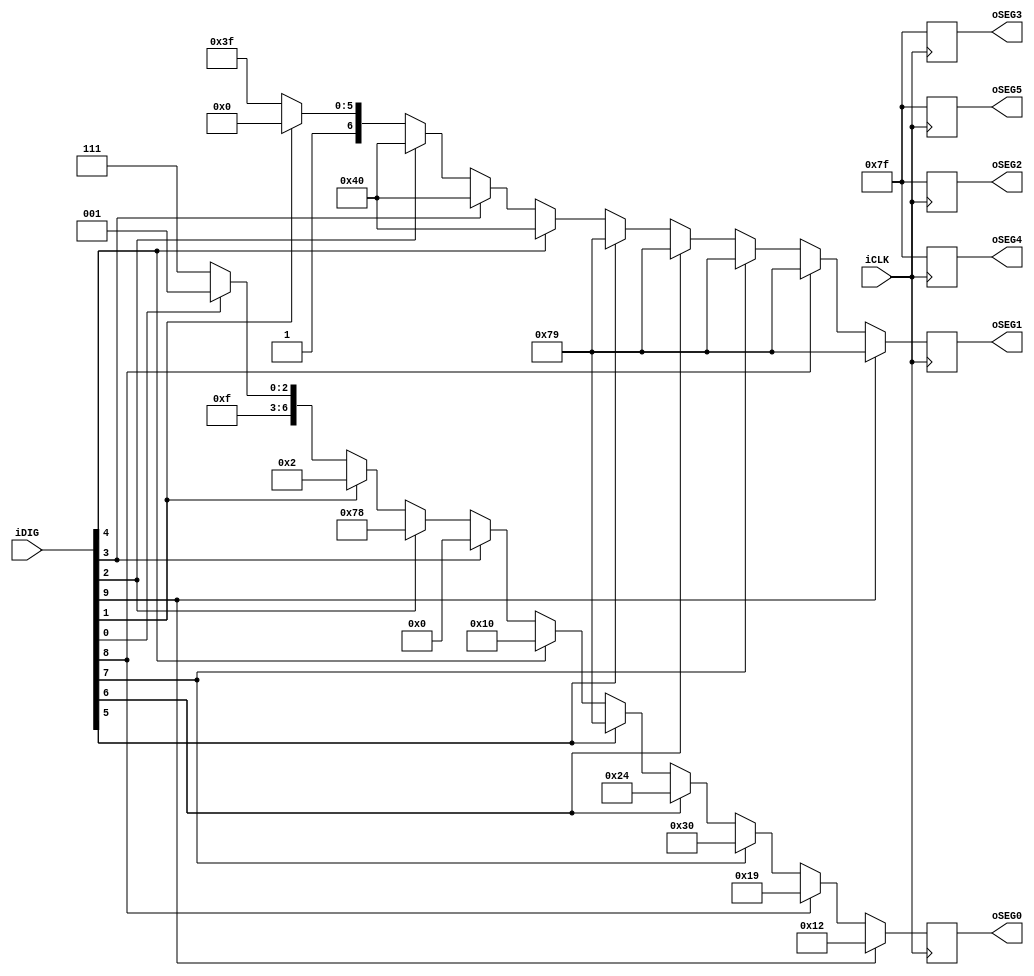
module SEG7_LUT	(	iCLK,oSEG0,oSEG1,oSEG2,oSEG3,oSEG4,oSEG5,iDIG	);
input iCLK;
input	[9:0]	iDIG;
output	[6:0]	oSEG0,oSEG1,oSEG2,oSEG3,oSEG4,oSEG5;
reg 	[6:0]	oSEG0,oSEG1,oSEG2,oSEG3,oSEG4,oSEG5;

always@(posedge iCLK)
begin
	// clear display
	oSEG0 = 7'b1111111;
	oSEG1 = 7'b1111111;
	oSEG2 = 7'b1111111;
	oSEG3 = 7'b1111111;
	oSEG4 = 7'b1111111;
	oSEG5 = 7'b1111111;
	// gamma = 1.0
	if (iDIG[0]) begin
		oSEG0 = 7'b1111001;
		oSEG1 = 7'b1111111;
		oSEG2 = 7'b1111111;
		oSEG3 = 7'b1111111;
		oSEG4 = 7'b1111111;
		oSEG5 = 7'b1111111;
	end
	// gamma = 0.6
	if (iDIG[1]) begin
		oSEG0 = 7'b0000010;
		oSEG1 = 7'b1000000;
		oSEG2 = 7'b1111111;
		oSEG3 = 7'b1111111;
		oSEG4 = 7'b1111111;
		oSEG5 = 7'b1111111;
	end
	// gamma = 0.7
	if (iDIG[2]) begin
		oSEG0 = 7'b1111000;
		oSEG1 = 7'b1000000;
		oSEG2 = 7'b1111111;
		oSEG3 = 7'b1111111;
		oSEG4 = 7'b1111111;
		oSEG5 = 7'b1111111;
	end
	// gamma = 0.8
	if (iDIG[3]) begin
		oSEG0 = 7'b0000000;
		oSEG1 = 7'b1000000;
		oSEG2 = 7'b1111111;
		oSEG3 = 7'b1111111;
		oSEG4 = 7'b1111111;
		oSEG5 = 7'b1111111;
	end
	// gamma = 0.9
	if (iDIG[4]) begin
		oSEG0 = 7'b0010000;
		oSEG1 = 7'b1000000;
		oSEG2 = 7'b1111111;
		oSEG3 = 7'b1111111;
		oSEG4 = 7'b1111111;
		oSEG5 = 7'b1111111;
	end
	// gamma = 1.1
	if (iDIG[5]) begin
		oSEG0 = 7'b1111001;
		oSEG1 = 7'b1111001;
		oSEG2 = 7'b1111111;
		oSEG3 = 7'b1111111;
		oSEG4 = 7'b1111111;
		oSEG5 = 7'b1111111;
	end
	// gamma = 1.2
	if (iDIG[6]) begin
		oSEG0 = 7'b0100100;
		oSEG1 = 7'b1111001;
		oSEG2 = 7'b1111111;
		oSEG3 = 7'b1111111;
		oSEG4 = 7'b1111111;
		oSEG5 = 7'b1111111;
	end
	// gamma = 1.3
	if (iDIG[7]) begin
		oSEG0 = 7'b0110000;
		oSEG1 = 7'b1111001;
		oSEG2 = 7'b1111111;
		oSEG3 = 7'b1111111;
		oSEG4 = 7'b1111111;
		oSEG5 = 7'b1111111;
	end
	// gamma = 1.4
	if (iDIG[8]) begin
		oSEG0 = 7'b0011001;
		oSEG1 = 7'b1111001;
		oSEG2 = 7'b1111111;
		oSEG3 = 7'b1111111;
		oSEG4 = 7'b1111111;
		oSEG5 = 7'b1111111;
	end
	// gamma = 1.5
	if (iDIG[9]) begin
		oSEG0 = 7'b0010010;
		oSEG1 = 7'b1111001;
		oSEG2 = 7'b1111111;
		oSEG3 = 7'b1111111;
		oSEG4 = 7'b1111111;
		oSEG5 = 7'b1111111;
	end

end

endmodule